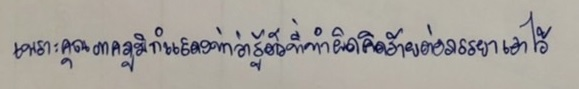
เพราะคุณภาคภูมิก็แสดงท่าว่ารู้ตัวที่ทำผิดคิดร้ายต่อภรรยาเอาไว้